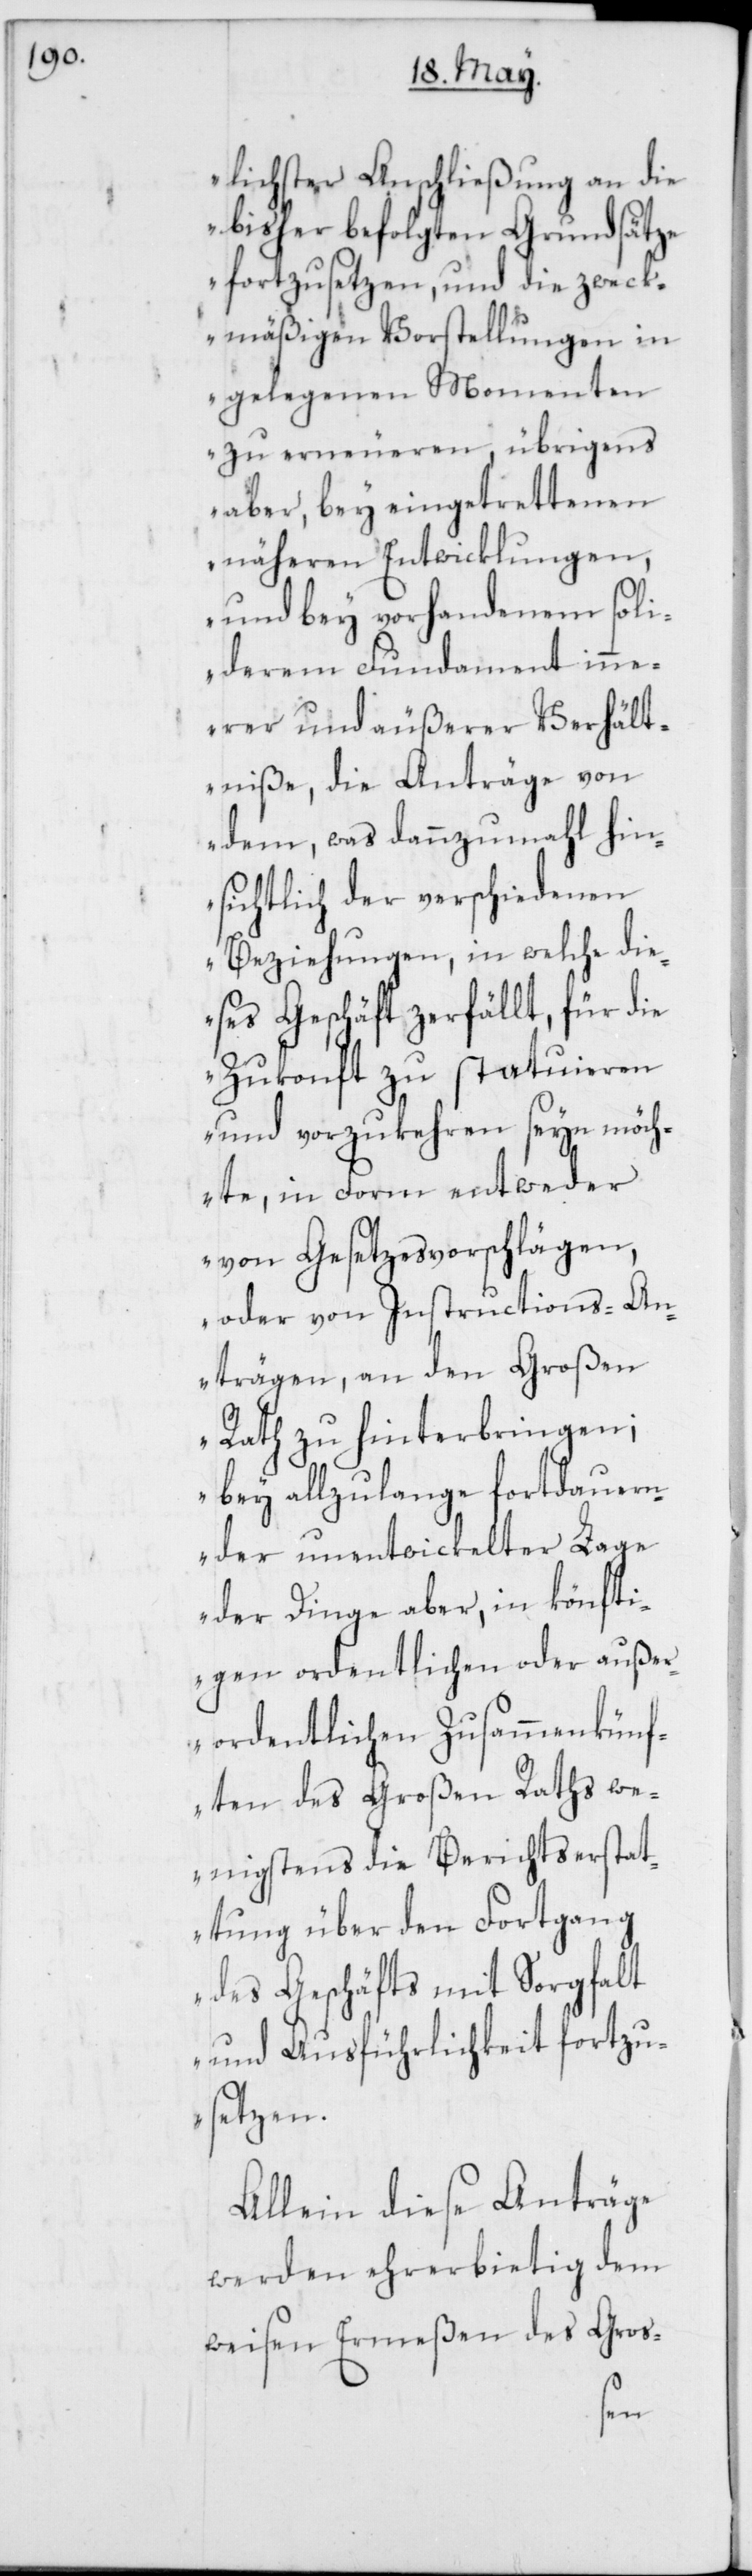
lichster Anschließung an die
bisher befolgten Grundsätze
fortzusetzen, und die zweck¬
mäßigen Vorstellungen in
gelegenen Momenten
zu erneueren, übrigens
aber, bey eingetrettenen
näheren Entwicklungen,
und bey vorhandenem soli¬
derem Fundament inn¬
erer und äußerer Verhält¬
niße, die Anträge von
dem, was dannzumahl hin¬
sichtlich der verschiedenen
Beziehungen, in welche die¬
ses Geschäft zerfällt, für die
Zukonft zu statuieren
und vorzukehren seyn möch¬
te, in Form entweder
von Gesetzesvorschlägen,
oder von Instructions-An¬
trägen, an den Großen
Rath zu hinterbringen;
bey allzulange fortdauern¬
der unentwickelter Lage
der Dinge aber, in könfti¬
gen ordentlichen oder außer¬
ordentlichen Zusammenkünf¬
ten des Großen Raths we¬
nigstens die Berichtserstat¬
tung über den Fortgang
des Geschäfts mit Sorgfalt
und Ausführlichkeit fortzu¬
setzen.“
Allein diese Anträge
werden ehrerbietig dem
weisen Ermeßen des Gros-